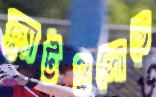
ফ্ল্যাটগুলোতে